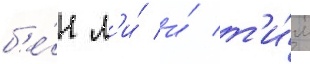
б'е́н л'и́ и́ т'и́м